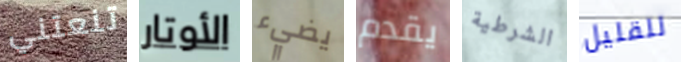
تنعتني الأوتار يضيء يقدم الشرطية للقليل